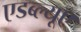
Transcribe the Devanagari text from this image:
एडब्ल्यूए